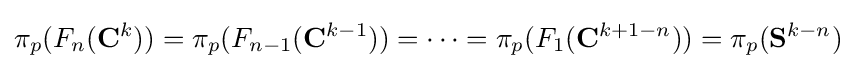
\pi _{p}(F_{n}(\mathbf {C} ^{k}))=\pi _{p}(F_{n-1}(\mathbf {C} ^{k-1}))=\cdots =\pi _{p}(F_{1}(\mathbf {C} ^{k+1-n}))=\pi _{p}(\mathbf {S} ^{k-n})